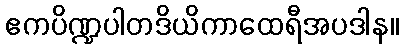
ဧကပိဏ္ဍပါတဒိယိကာထေရီအပဒါန။